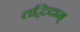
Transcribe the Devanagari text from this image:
तद्विदाम्